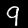
Label: 9